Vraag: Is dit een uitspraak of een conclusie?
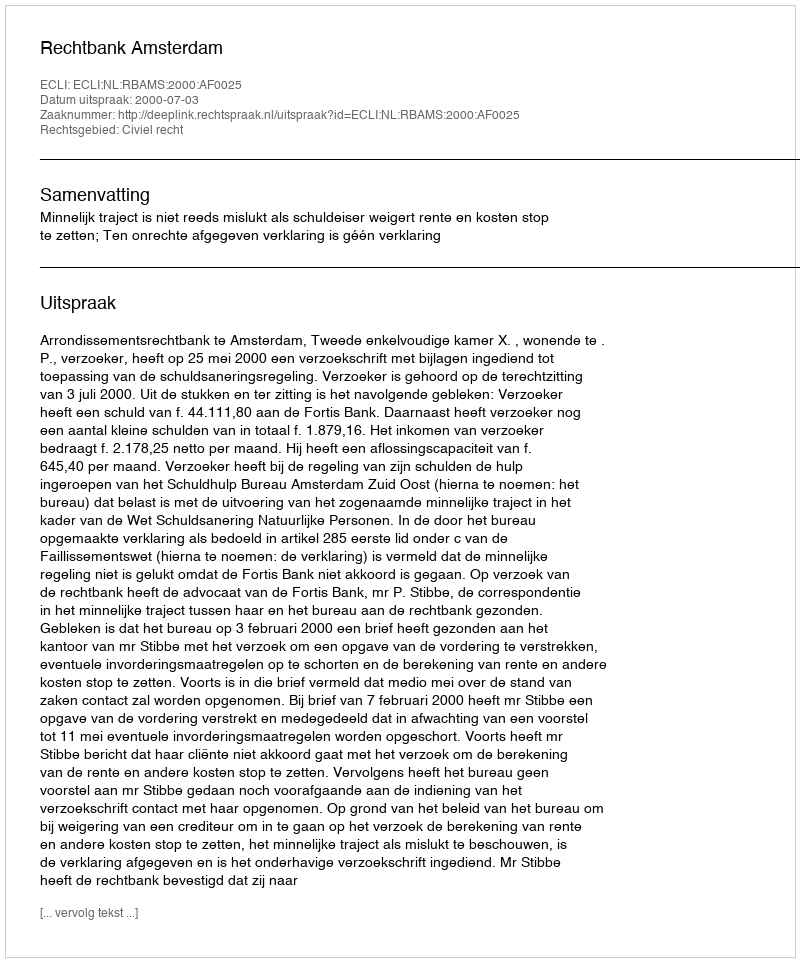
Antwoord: Uitspraak